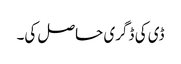
ڈی کی ڈگری حاصل کی۔